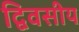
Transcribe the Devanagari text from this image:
द्विवसीय